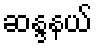
ဆန္ဒနယ်